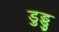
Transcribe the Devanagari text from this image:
डुड्डु